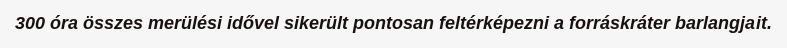
300 óra összes merülési idővel sikerült pontosan feltérképezni a forráskráter barlangjait.